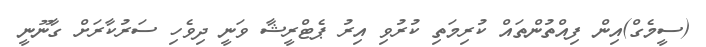
(ސީމެގް)އިން ފިއްތުންތައް ކުރިމަތި ކުރުވި އިރު ޕެޓްރީޝާ ވަނީ ދިވެހި ސަރުކާރަށް ގާނޫނީ